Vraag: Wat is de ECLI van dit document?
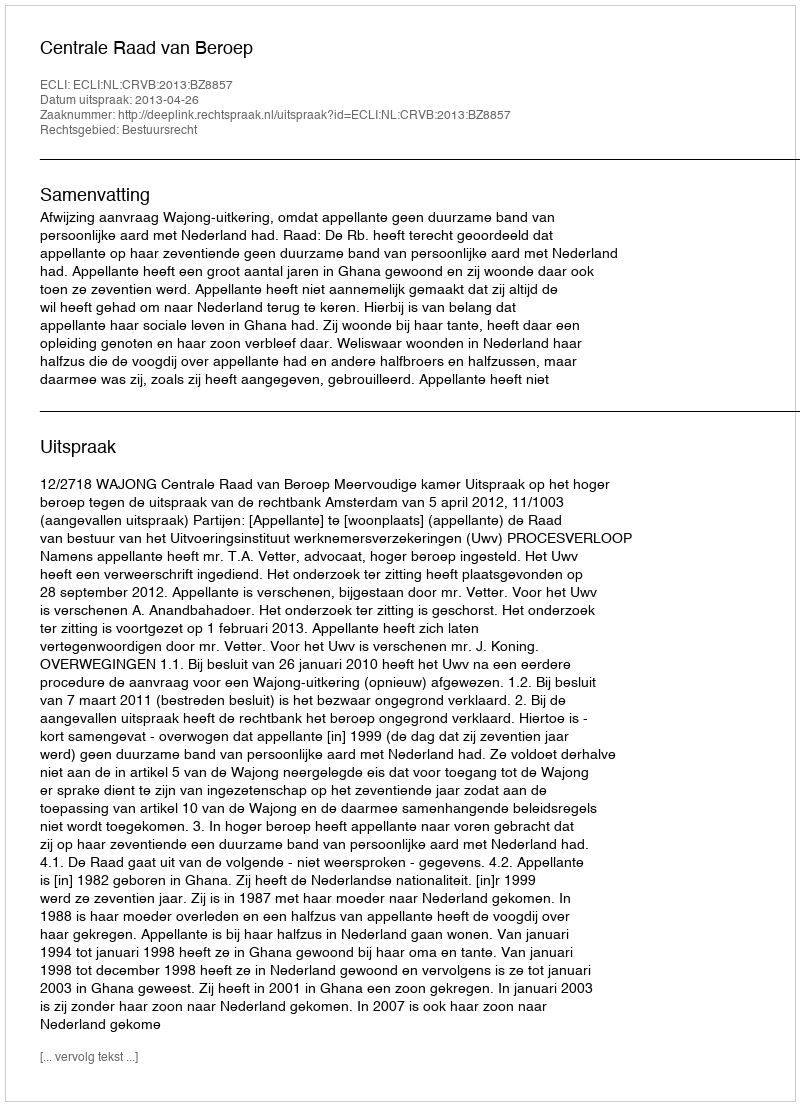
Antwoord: ECLI:NL:CRVB:2013:BZ8857